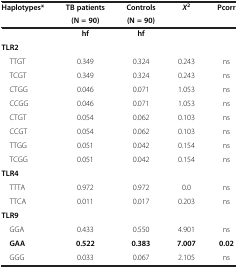
<table><thead><tr><td rowspan="2"><b>Haplotypes*</b></td><td><b>TB patients</b></td><td><b>Controls</b></td><td rowspan="2"><b><i>X</i><sup>2</sup></b></td><td rowspan="2"><b>Pcorr</b></td></tr><tr><td><b>(N = 90)</b></td><td><b>(N = 90)</b></td></tr></thead><tbody><tr><td> </td><td><b>hf</b></td><td><b>hf</b></td><td> </td><td> </td></tr><tr><td><b>TLR2</b></td><td> </td><td> </td><td> </td><td> </td></tr><tr><td> TTGT</td><td>0.349</td><td>0.324</td><td>0.243</td><td>ns</td></tr><tr><td> TCGT</td><td>0.349</td><td>0.324</td><td>0.243</td><td>ns</td></tr><tr><td> CTGG</td><td>0.046</td><td>0.071</td><td>1.053</td><td>ns</td></tr><tr><td> CCGG</td><td>0.046</td><td>0.071</td><td>1.053</td><td>ns</td></tr><tr><td> CTGT</td><td>0.054</td><td>0.062</td><td>0.103</td><td>ns</td></tr><tr><td> CCGT</td><td>0.054</td><td>0.062</td><td>0.103</td><td>ns</td></tr><tr><td> TTGG</td><td>0.051</td><td>0.042</td><td>0.154</td><td>ns</td></tr><tr><td> TCGG</td><td>0.051</td><td>0.042</td><td>0.154</td><td>ns</td></tr><tr><td><b>TLR4</b></td><td> </td><td> </td><td> </td><td> </td></tr><tr><td> TTTA</td><td>0.972</td><td>0.972</td><td>0.0</td><td>ns</td></tr><tr><td> TTCA</td><td>0.011</td><td>0.017</td><td>0.203</td><td>ns</td></tr><tr><td><b>TLR9</b></td><td> </td><td> </td><td> </td><td> </td></tr><tr><td> GGA</td><td>0.433</td><td>0.550</td><td>4.901</td><td>ns</td></tr><tr><td><b> GAA</b></td><td><b>0.522</b></td><td><b>0.383</b></td><td><b>7.007</b></td><td><b>0.02</b></td></tr><tr><td> GGG</td><td>0.033</td><td>0.067</td><td>2.105</td><td>ns</td></tr></tbody></table>